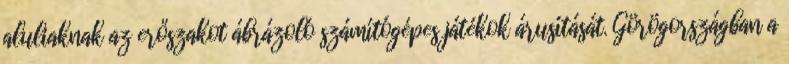
aluliaknak az erőszakot ábrázoló számítógépes játékok árusítását. Görögországban a